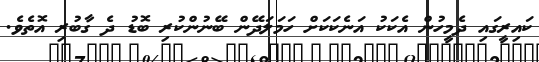
ކައިރީގައި ދެމީހުން އެކަކު އަނެކަކަށް ހަމަލަދޭން ބޭނުންކުރި ބޮޑު ދެ ގާބުރި އޮތެވެ.